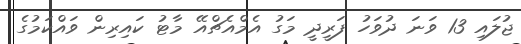
ޖުލައި 13 ވަނަ ދުވަހު ފަރީދީ މަގު އެމްއެޗްއޭ މާޓު ކައިރިން ވައްކަމުގެ